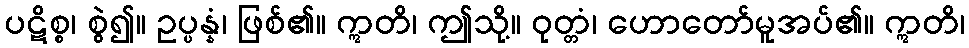
ပဋိစ္စ၊ စွဲ၍။ ဥပ္ပန္နံ၊ ဖြစ်၏။ ဣတိ၊ ဤသို့။ ဝုတ္တံ၊ ဟောတော်မူအပ်၏။ ဣတိ၊